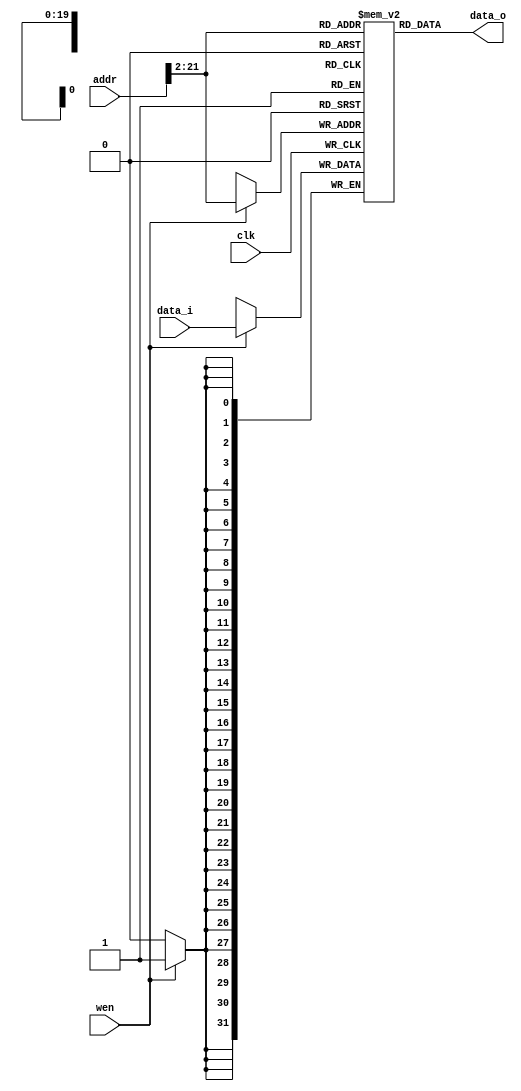
module mem #(
    parameter WORDSIZE=32,
    parameter SIZE = 1024 * 1024
)(

    input wire clk,
    input wire wen,
    input wire [31:0] addr,
    input wire [WORDSIZE-1:0] data_i,
    output wire [WORDSIZE-1:0] data_o
);

reg [WORDSIZE-1:0] mem [SIZE-1:0];

// Memory is byte-addressable but 
// address is aligned to 4 bytes
assign data_o = mem[addr[31:2]];

always @(posedge clk) begin
    if(wen) begin
        mem[addr[31:2]] <= data_i;
    end
end

endmodule